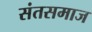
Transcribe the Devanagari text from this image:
संतसमाज